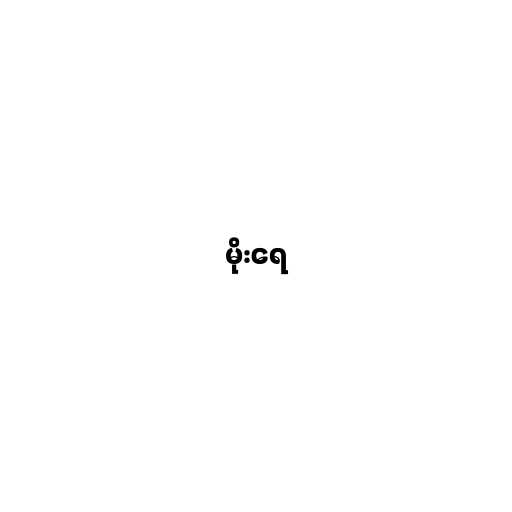
မိုးရေ